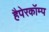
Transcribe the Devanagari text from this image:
हैपेरकॉम्प